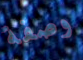
وصفة